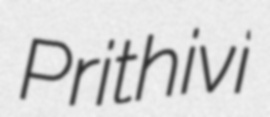
Prithivi